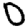
Digit: 0